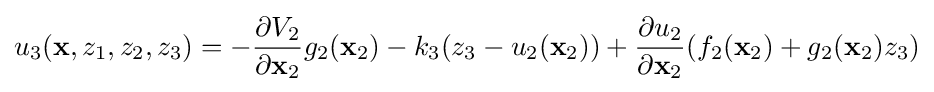
u_{3}(\mathbf {x} ,z_{1},z_{2},z_{3})=-{\frac {\partial V_{2}}{\partial \mathbf {x} _{2}}}g_{2}(\mathbf {x} _{2})-k_{3}(z_{3}-u_{2}(\mathbf {x} _{2}))+{\frac {\partial u_{2}}{\partial \mathbf {x} _{2}}}(f_{2}(\mathbf {x} _{2})+g_{2}(\mathbf {x} _{2})z_{3})